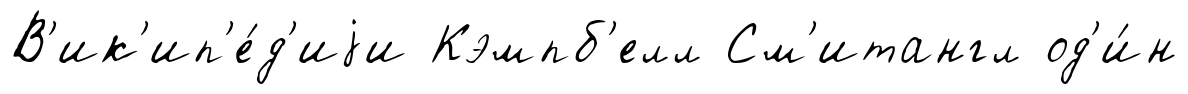
В'ик'ип'е́д'иjи Кэмпб'елл См'итангл од'и́н